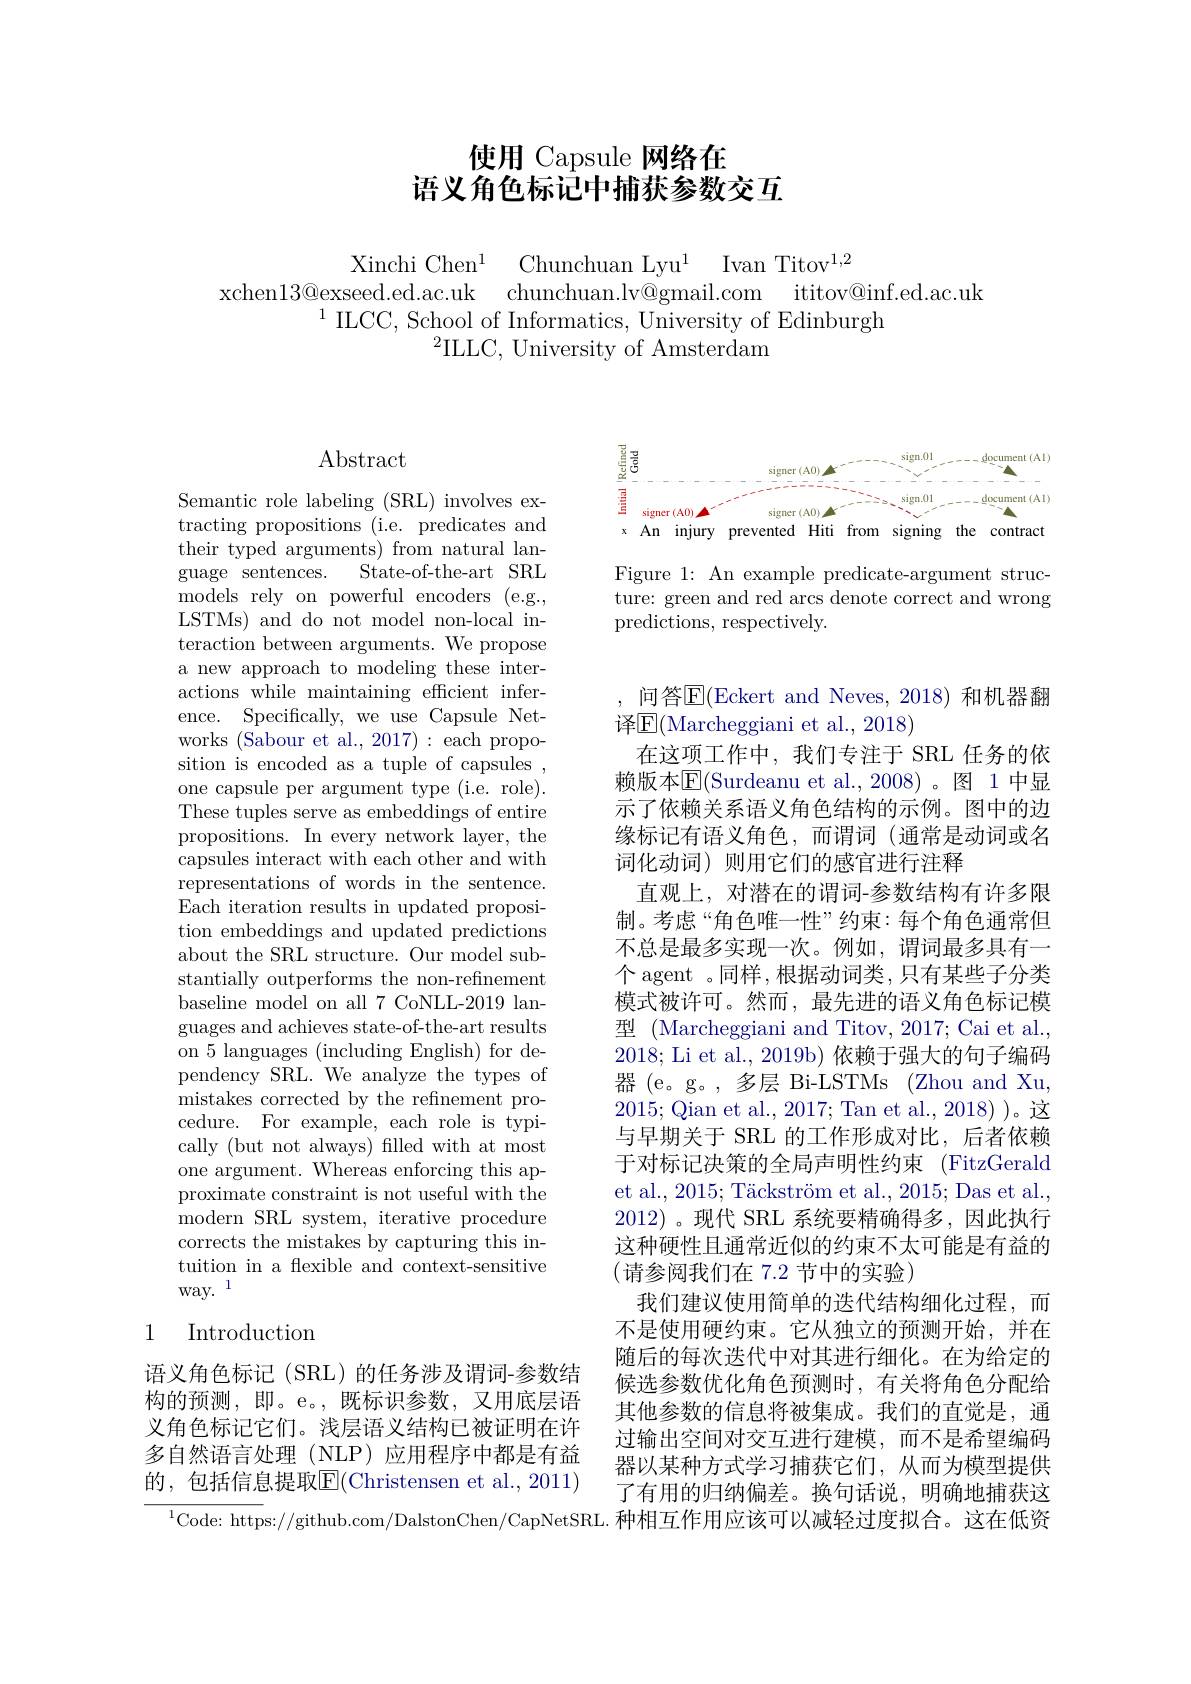
# 使用 Capsule 网络在语义角色标记中捕获参数交互

Xinchi Chen$^1$ Chunchuan Lyu$^1$ Ivan Titov$^{1,2}$
xchen13@exseed.ed.ac.uk chunchuan.lv@gmail.com ititov@inf.ed.ac.uk
$^{1}$ILCC, School of Informatics, University of Edinburgh
$^2$ILLC, University of Amsterdam

Abstract

Semantic role labeling (SRL) involves extracting propositions (i.e. predicates and their typed arguments) from natural language sentences. State-of-the-art SRL models rely on powerful encoders (e.g., LSTMs) and do not model non-local interaction between arguments. We propose a new approach to modeling these interactions while maintaining efficient inference. Specifically, we use Capsule Networks (Sabour et al., 2017): each proposition is encoded as a tuple of capsules , one capsule per argument type (i.e. role). These tuples serve as embeddings of entire propositions. In every network layer, the ${\mathrm{capsules~interact~with~each~other~and~with}}$ representations of words in the sentence. Each iteration results in updated proposition embeddings and updated predictions about the SRL structure. Our model substantially outperforms the non-refinement baseline model on all 7 CoNLL-2019 languages and achieves state-of-the-art results on 5 languages (including English) for dependency SRL. We analyze the types of mistakes corrected by the refinement procedure. For example, each role is typically (but not always) filled with at most one argument. Whereas enforcing this approximate constraint is not useful with the modern SRL system, iterative procedure corrects the mistakes by capturing this intuition in a flexible and context-sensitive $\mathrm{way.}^{1}$

# 1 Introduction

语义角色标记(SRL)的任务涉及谓词-参数结构的预测，即。e。,既标识参数，又用底层语义角色标记它们。浅层语义结构已被证明在许多自然语言处理(NLP)应用程序中都是有益的，包括信息提取E$( Christensen et al. , 2011)$

<FigureHere>

Figure 1: An example predicate-argument structure: green and red arcs denote correct and wrong predictions, respectively.

问答E(Eckert and Neves, 2018)和机器翻
译$\mathbb{E}($Marcheggiani et al., 2018)
在这项工作中，我们专注于 SRL 任务的依赖版本$\operatorname{E}($Surdeanu et al.,2008)。图 1中显示了依赖关系语义角色结构的示例。图中的边缘标记有语义角色，而谓词(通常是动词或名词化动词)则用它们的感官进行注释
直观上，对潜在的谓词-参数结构有许多限制。考虑“角色唯一性”约束：每个角色通常但不总是最多实现一次。例如，谓词最多具有一个 agent 。同样 ,根据动词类，只有某些子分类模式被许可。然而，最先进的语义角色标记模型 (Marcheggiani and Titov, 2017; Cai et al. 2018; Li et al., 2019b) 依赖于强大的句子编码器 (e。g。, 多层 Bi-LSTMs (Zhou and Xu, 2015;Qian et al., 2017; Tan et al., 2018))。这与早期关于 SRL 的工作形成对比，后者依赖于对标记决策的全局声明性约束 (FitzGerald et al., 2015; Täckström et al., 2015; Das et al., 2012)。现代 SRL 系统要精确得多，因此执行这种硬性且通常近似的约束不太可能是有益的(请参阅我们在 7.2 节中的实验)
我们建议使用简单的迭代结构细化过程，而不是使用硬约束。它从独立的预测开始，并在随后的每次迭代中对其进行细化。在为给定的候选参数优化角色预测时，有关将角色分配给其他参数的信息将被集成。我们的直觉是，通过输出空间对交互进行建模，而不是希望编码器以某种方式学习捕获它们，从而为模型提供了有用的归纳偏差。换句话说，明确地捕获这
$^{1}$Code: https://github.com/DalstonChen/CapNetSRL. 种相互作用应该可以减轻过度拟合。这在低资